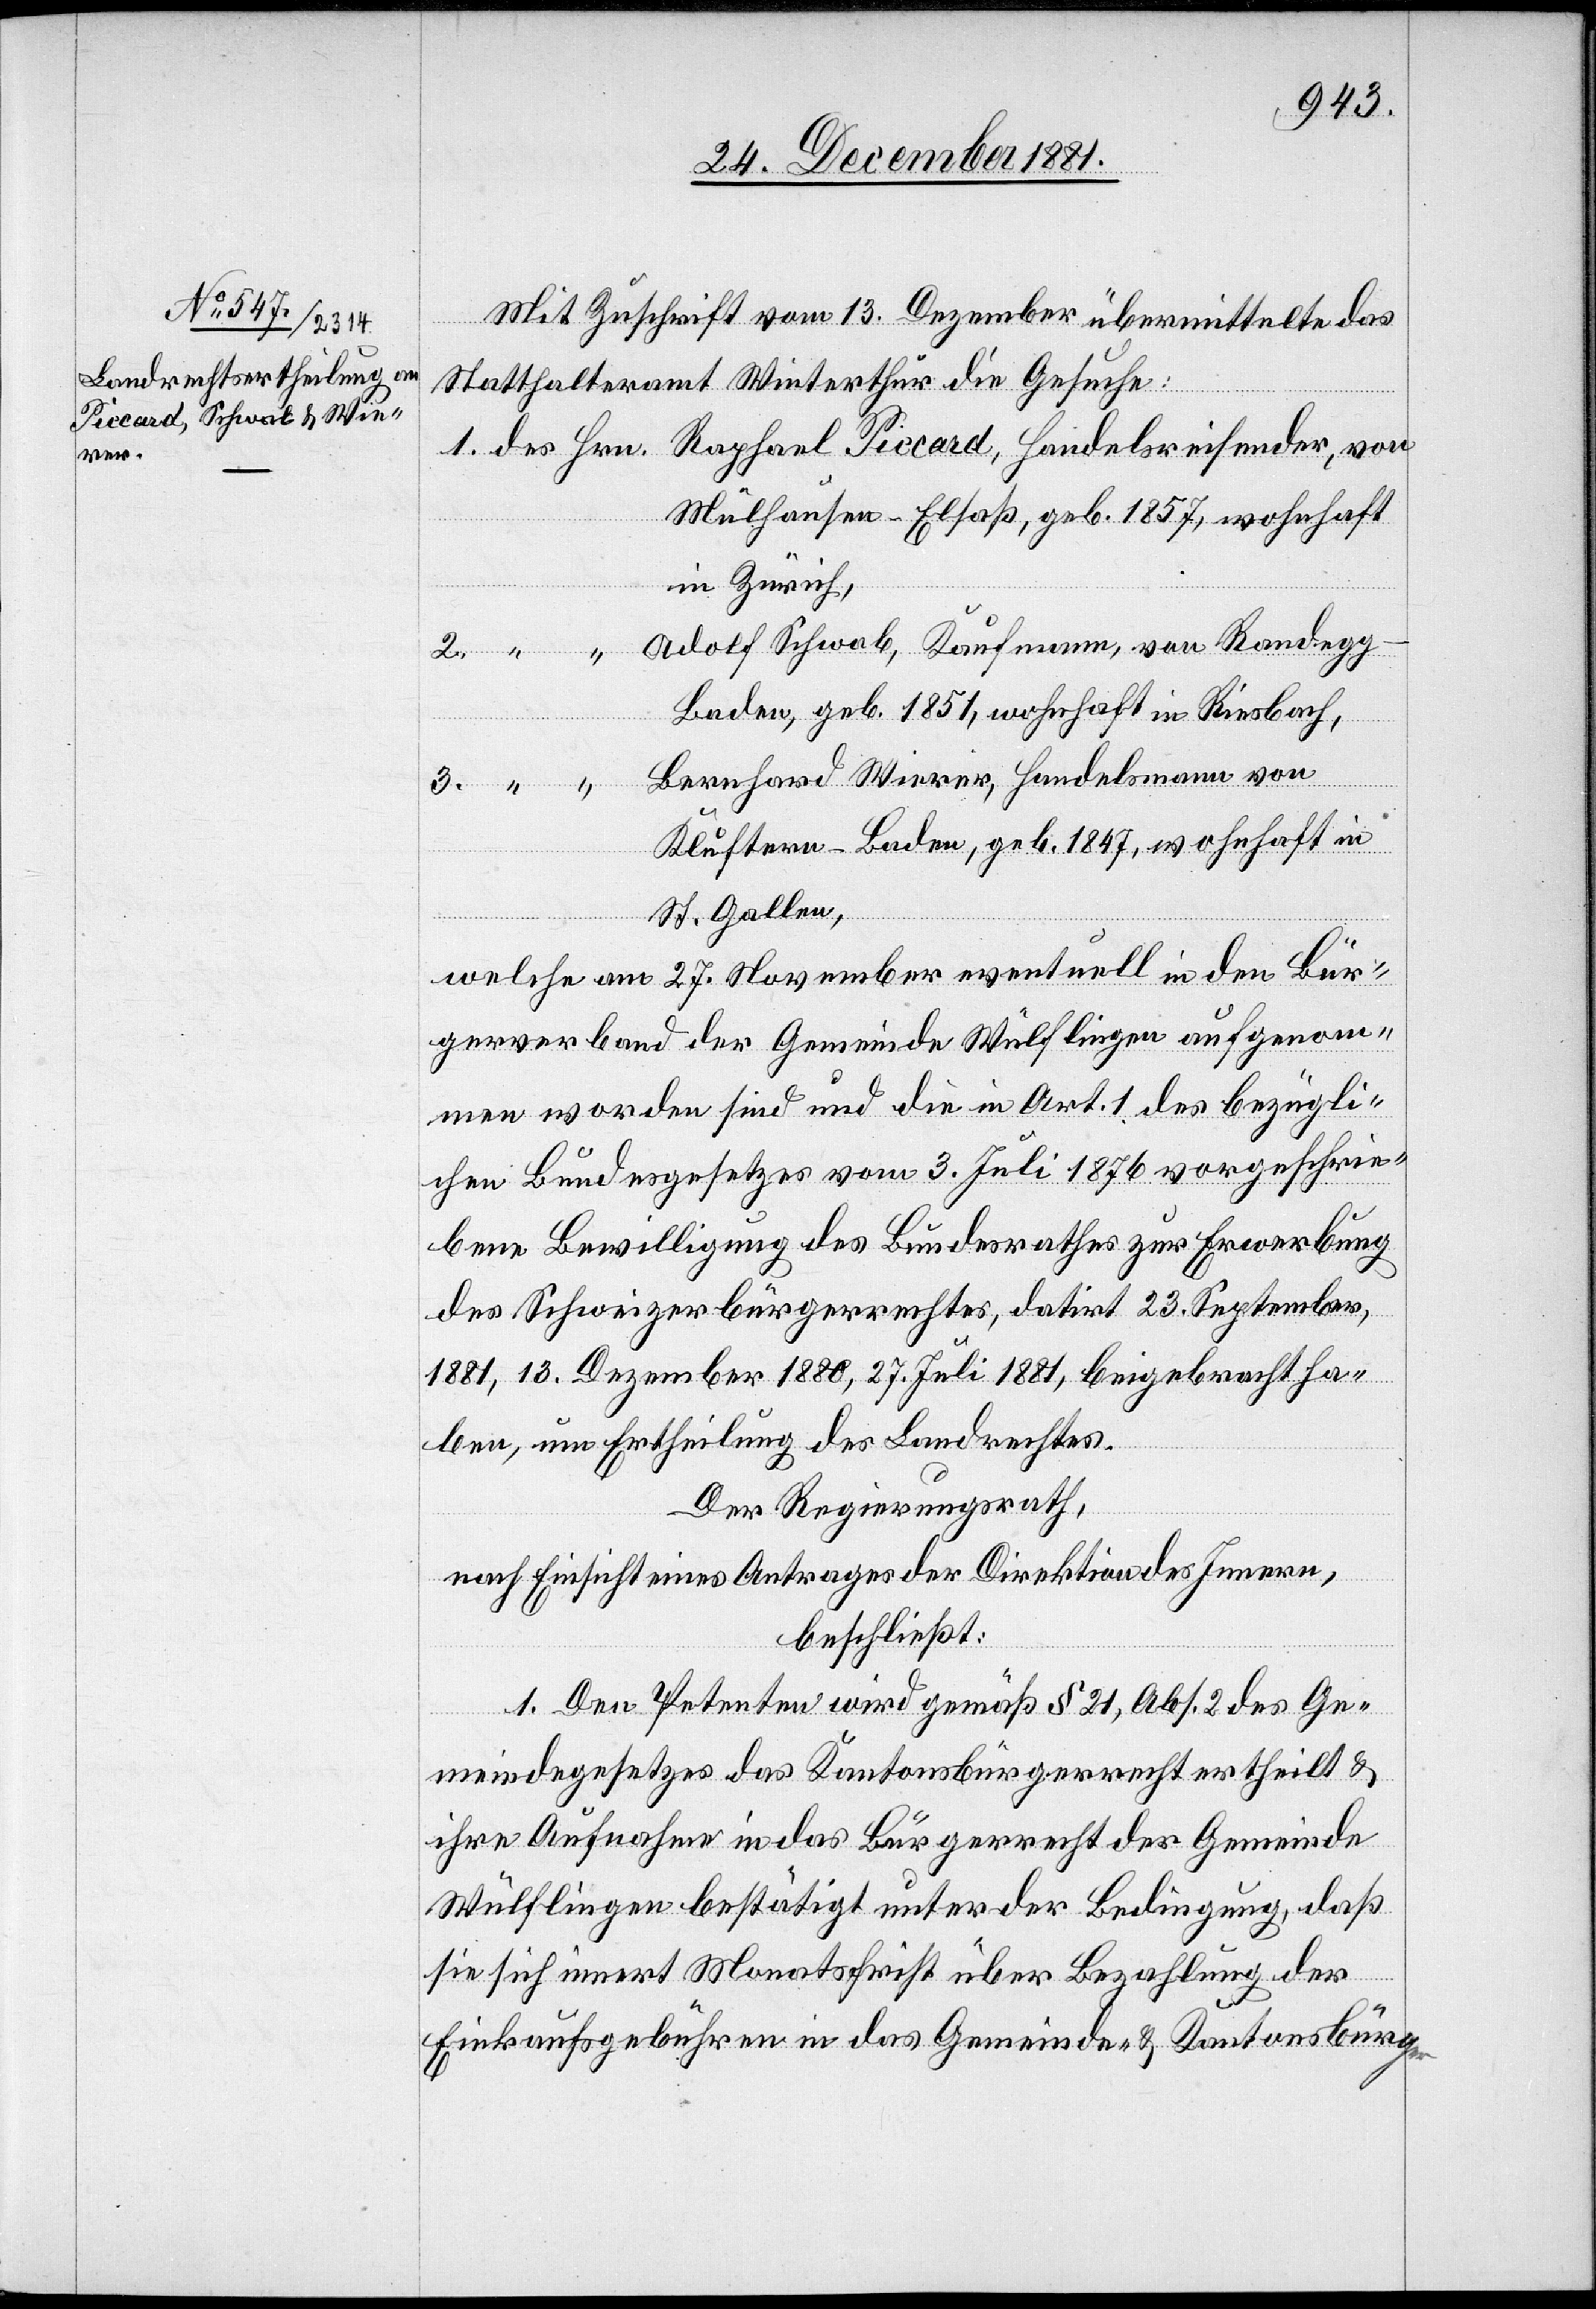
er-
Mit Zuschrift vom 13. Dezember übermittelte das
Statthalteramt Winterthur die Gesuche:
Mülhausen - Elsaß, geb. 1857, wohnhaft
in Zürich,
Baden, geb. 1851, wohnhaft in Riesbach,
Bernhard Wirrer, Handelsmann von
Randegg
Kluftern - Baden, geb. 1847, wohnhaft in
St. Gallen,
welche am 27. November eventuell in den Bür¬
gerverband der Gemeinde Wülflingen aufgenom¬
men worden sind und die in Art. 1 des bezügli¬
chen Bundesgesetzes vom 3. Juli 1876 vorgeschrie¬
bene Bewilligung des Bundesrathes zur Erwerbung
des Schweizerbürgerrechtes, datirt 23. September
1881, 13. Dezember 1880, 27. Juli 1881, beigebracht ha¬
ben, um Ertheilung des Landrechtes.
Der Regierungsrath,
nach Einsicht eines Antrages der Direktion des Innern,
beschließt:
1. Den Petenten wird gemäß § 21, Abs. 2 des Ge¬
meindegesetzes das Kantonsbürgerrecht ertheilt &
ihre Aufnahme in das Bürgerrecht der Gemeinde
Wülflingen bestätigt unter der Bedingung, daß
von
sie sich innert Monatsfrist über Bezahlung der
Einkaufsgebühren in das Gemeinde- & Kantonsbürg¬